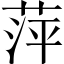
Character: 萍